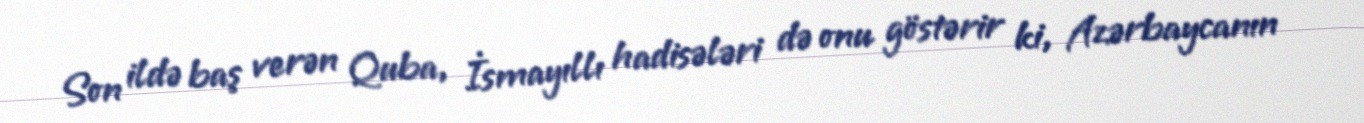
Son ildə baş verən Quba, İsmayıllı hadisələri də onu göstərir ki, Azərbaycanın